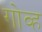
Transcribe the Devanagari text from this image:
गोव्ह